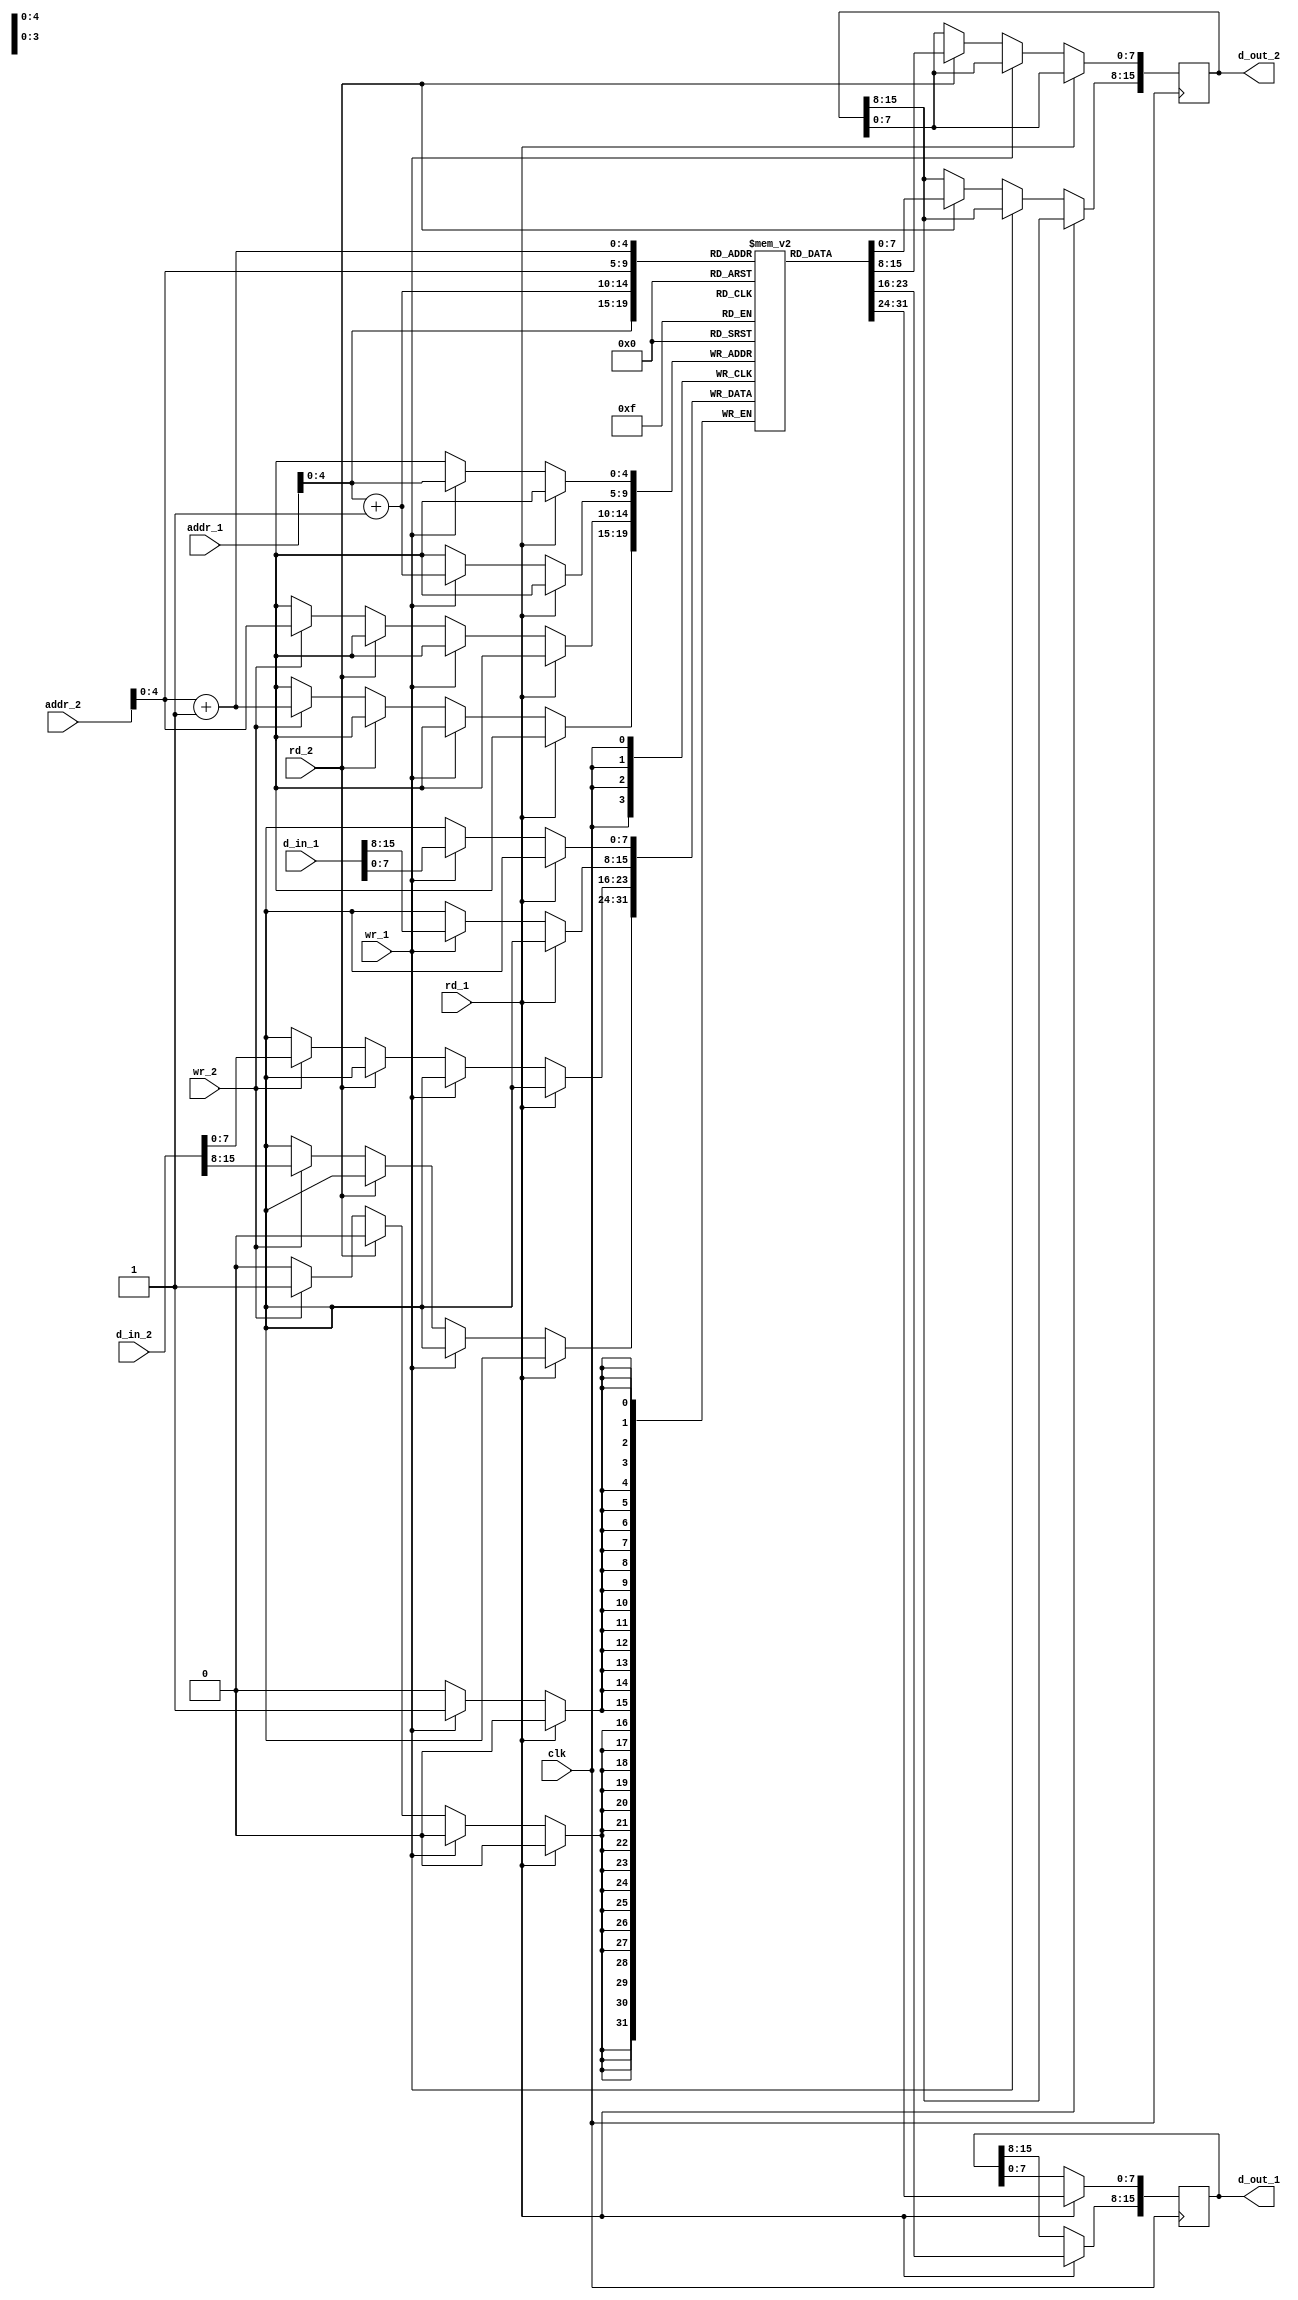
module dualport_RAM(clk, d_in_1, d_out_1, addr_1, rd_1, wr_1, d_in_2, d_out_2, addr_2, rd_2, wr_2);
  input clk;
  input [15:0]d_in_1;
  output reg [15:0]d_out_1=0;
  input [7:0]addr_1; 
  input rd_1;
  input wr_1;
  input [15:0]d_in_2;
  output reg [15:0]d_out_2=0;
  input [7:0]addr_2; 
  input rd_2;
  input wr_2;
  reg [7:0] ram [0:31]; 
always @(negedge clk)
begin
	if (rd_1) begin
		d_out_1[7:0] <= ram[addr_1];
		d_out_1[15:8] <= ram[addr_1+1];
	end
	else if(wr_1) begin
		ram[addr_1] <= d_in_1[7:0];
		ram[addr_1+1] <= d_in_1[15:8];
	end
	else if (rd_2) begin
		d_out_2[7:0] <= ram[addr_2];
		d_out_2[15:8] <= ram[addr_2+1];
	end
	else if(wr_2) begin
		ram[addr_2] <= d_in_2[7:0];
		ram[addr_2+1] <= d_in_2[15:8];
	end
end
endmodule